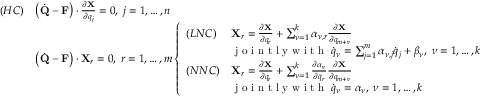
\begin{array} { l l } { ( H C ) } & { \left( { \dot { \bf Q } } - { \bf F } \right) \cdot \frac { \partial { \bf X } } { \partial q _ { j } } = 0 , \; j = 1 , \dots , n } \\ & { \left( { \dot { \bf Q } } - { \bf F } \right) \cdot { \bf X } _ { r } = 0 , \; r = 1 , \dots , m \left\{ \begin{array} { l l } { ( L N C ) } & { { \bf X } _ { r } = \frac { \partial { \bf X } } { \partial q _ { r } } + \sum _ { \nu = 1 } ^ { k } \alpha _ { \nu , r } \frac { \partial { \bf X } } { \partial q _ { m + \nu } } } \\ & { \textrm { j o i n t l y w i t h } \; { \dot { q } } _ { \nu } = \sum _ { j = 1 } ^ { m } \alpha _ { \nu , j } { \dot { q } } _ { j } + \beta _ { \nu } , \; \nu = 1 , \dots , k } \\ { ( N N C ) } & { { \bf X } _ { r } = \frac { \partial { \bf X } } { \partial q _ { r } } + \sum _ { \nu = 1 } ^ { k } \frac { \partial \alpha _ { \nu } } { \partial { \dot { q } } _ { r } } \frac { \partial { \bf X } } { \partial q _ { m + \nu } } } \\ & { \textrm { j o i n t l y w i t h } \; { \dot { q } } _ { \nu } = \alpha _ { \nu } , \; \nu = 1 , \dots , k } \end{array} \right. } \end{array}